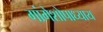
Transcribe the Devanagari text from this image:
गांगेशोपाध्याय